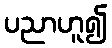
ပညာဟူ၍